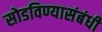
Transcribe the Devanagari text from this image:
सोडविण्यासंबंधी